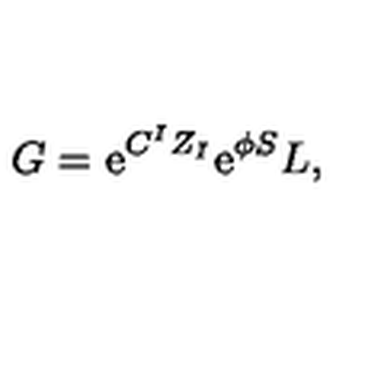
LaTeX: G = \mathrm { e } ^ { C ^ { I } Z _ { I } } \mathrm { e } ^ { \phi S } { L } ,